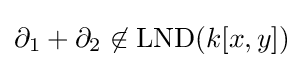
\partial _{1}+\partial _{2}\not \in \operatorname {LND} (k[x,y])